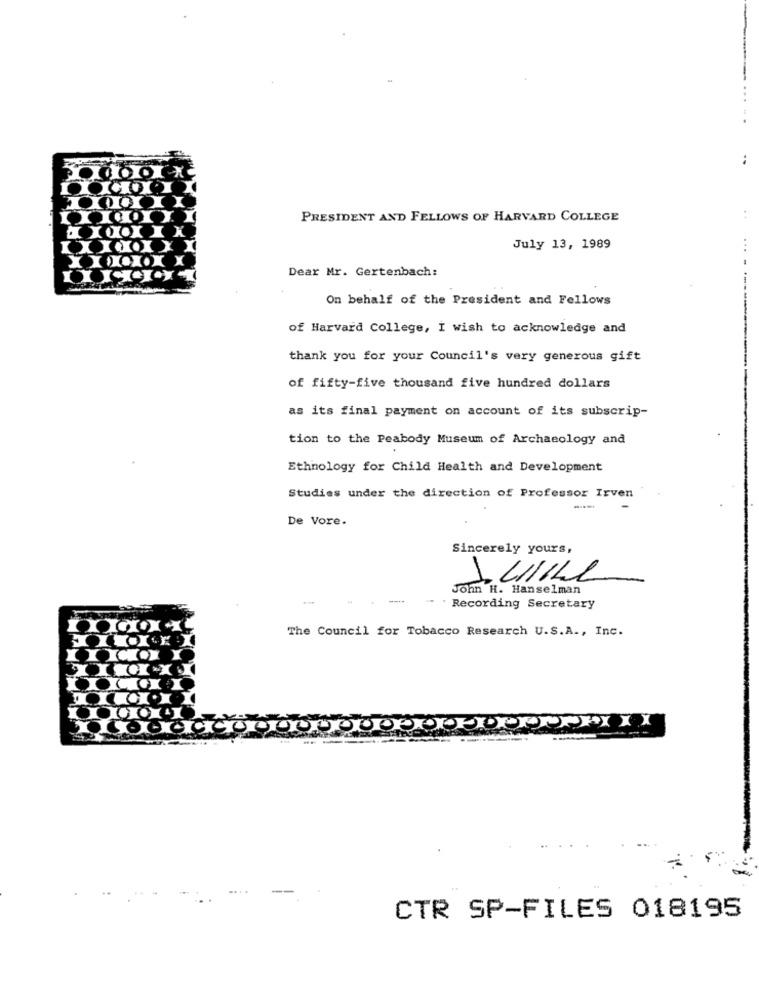
:
PRESIDENT AND FELLOWS OF HARVARD COLLEGE
IXXX.XXX
July 13, 1989
Dear Mr. Gertenbach:
On behalf of the President and Fellows
of Harvard College, I wish to acknowledge and
thank you for your Council's very generous gift
of fifty-five thousand five hundred dollars
as its final payment on account of its subscrip-
tion to the Peabody Museum of Archaeology and
Ethnology for Child Health and Development
Studies under the direction of Professor Irven
De Vore.
Sincerely yours,
John H. Hanselman
.. . Recording Secretary
The Council for Tobacco Research U.S.A ., Inc.
···· ······· XXXX
CTR SP-FILES 018195